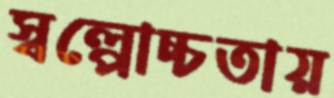
স্বল্পোচ্চতায়